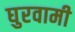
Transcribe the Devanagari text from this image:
घुरवामी